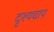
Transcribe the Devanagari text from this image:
दृश्यचाप